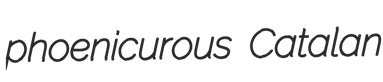
phoenicurous Catalan